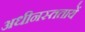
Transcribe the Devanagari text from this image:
अधीनस्ततायें